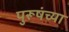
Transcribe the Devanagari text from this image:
पुरूषंच्या